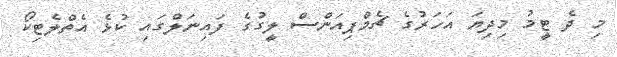
މި ދެ ޓީމު މިދިޔަ އަހަރުގެ ޗެމްޕިއަންސް ލީގުގެ ފައިނަލްގައި ކުޅެ އެތްލެޓިކޯ